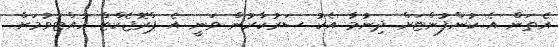
އެތަން އެ ކުންފުންޏަށް ދިނުމާ އެކު ސަރުކާރުން ވަނީ އެ ޕްރޮޖެކްޓް ހުއްޓުވުމަށް